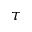
\tau